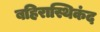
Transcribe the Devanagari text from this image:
बहिरास्थिकंद